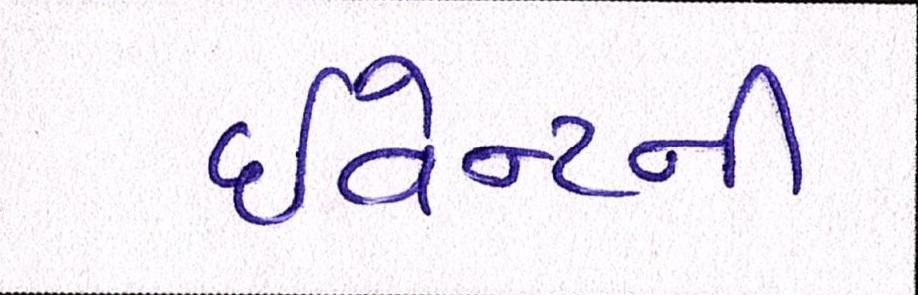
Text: ઇવેન્ટની